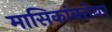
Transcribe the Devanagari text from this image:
मासिकांबरोबर